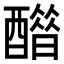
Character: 𨣋